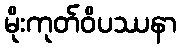
မိုးကုတ်ဝိပဿနာ